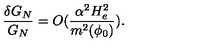
\frac { \delta G _ { N } } { G _ { N } } = O ( \frac { \alpha ^ { 2 } H _ { e } ^ { 2 } } { m ^ { 2 } ( \phi _ { 0 } ) } ) .